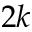
2 k